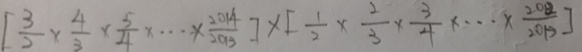
[ \frac { 3 } { 2 } \times \frac { 4 } { 3 } \times \frac { 5 } { 4 } \times \cdots \times \frac { 2 0 1 4 } { 2 0 1 3 } ] \times [ \frac { 1 } { 2 } \times \frac { 2 } { 3 } \times \frac { 3 } { 4 } \times \cdots \times \frac { 2 0 1 2 } { 2 0 1 3 } ]